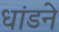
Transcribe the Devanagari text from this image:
धांडने